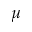
\mu